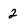
Character: 2